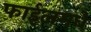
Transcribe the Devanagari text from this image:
फाईलमधे